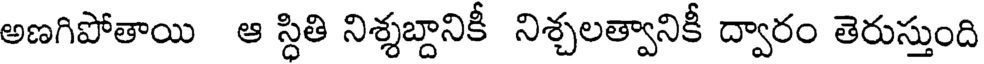
అణగిపోతాయి ఆ స్ధితి నిశ్శబ్దానికీ నిశ్చలత్వానికీ ద్వారం తెరుస్తుంది